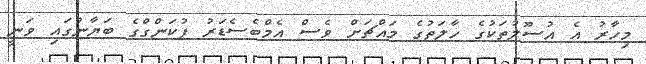
މިހާރު އެ އުސޫލުތަކުގެ ހާލަތުގެ މައްޗަށް ވެސް އެމްބެސެޑަރު ފުކަންގްގެ ބަޔާނުގައި ވަނީ